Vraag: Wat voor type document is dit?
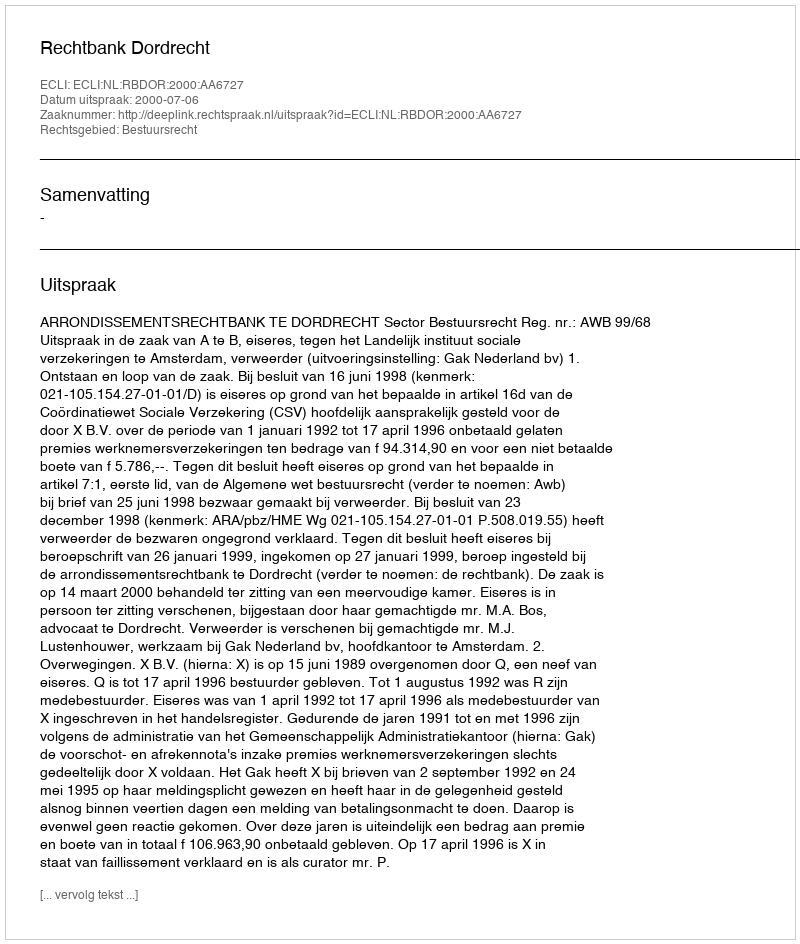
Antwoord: Uitspraak